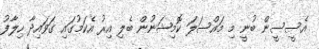
އެސީސީން ބުނީ މި މައްސަލަ ކޮމިޝަނުން ބެލި އިރު އެކަމުގައި ގަވައިދާ ހިލާފު